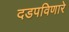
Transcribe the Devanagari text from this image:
दडपविणारे